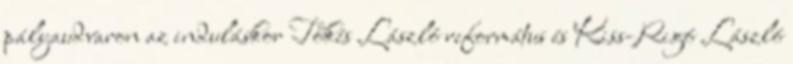
pályaudvaron az induláskor Tőkés László református és Kiss-Rigó László